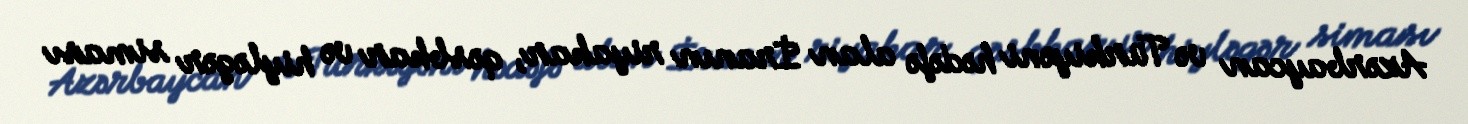
Azərbaycan və Türkiyəni hədəfə alan İranın riyakar, qəsbkar və hiyləgər siması